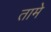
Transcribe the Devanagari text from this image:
तामे